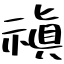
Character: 禛